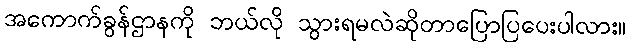
အကောက်ခွန်ဌာနကို ဘယ်လို သွားရမလဲဆိုတာပြောပြပေးပါလား။